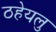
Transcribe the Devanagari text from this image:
ठहेयलु